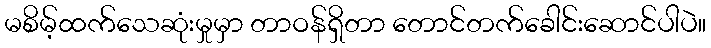
မစိမ့်ထက်သေဆုံးမှုမှာ တာဝန်ရှိတာ တောင်တက်ခေါင်းဆောင်ပါပဲ။